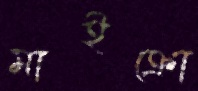
মাইক্রো